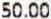
50.00